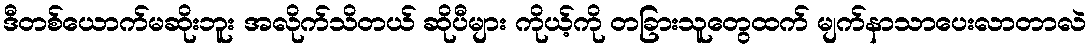
ဒီတစ်ယောက်မဆိုးဘူး အလိုက်သိတယ် ဆိုပီများ ကိုယ့်ကို တခြားသူတွေထက် မျက်နာသာပေးလာတာလဲ